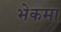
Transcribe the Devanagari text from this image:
भेकमा